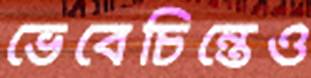
ভেবেচিন্তেও